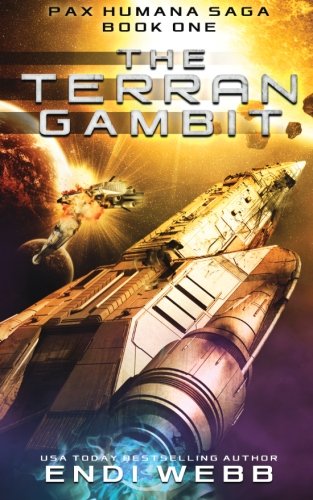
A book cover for The Terran Gambit (Episode #1 of The PAX HUMANA Saga); Endi Webb; Science Fiction & Fantasy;